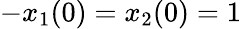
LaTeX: -x_{1}(0)=x_{2}(0)=1